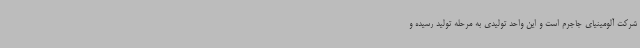
شرکت آلومینیای جاجرم است و این واحد تولیدی به مرحله تولید رسیده و